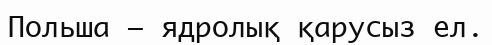
Польша – ядролық қарусыз ел.